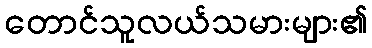
တောင်သူလယ်သမားများ၏